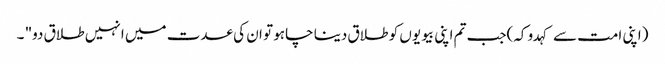
(اپنی امت سے کہدو کہ)جب تم اپنی بیویوں کو طلاق دینا چاہو تو ان کی عدت میں انہیں طلاق دو" ۔